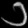
Digit: ၁